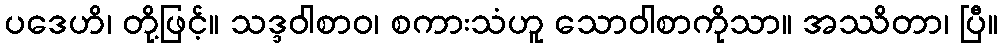
ပဒေဟိ၊ တို့ဖြင့်။ သဒ္ဒဝါစာဝ၊ စကားသံဟူ သောဝါစာကိုသာ။ အဿိတာ၊ ပြီ။